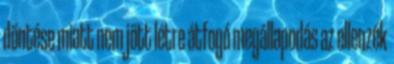
döntése miatt nem jött létre átfogó megállapodás az ellenzék